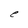
Character: e